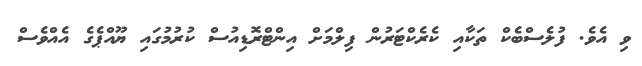
ވި އެވެ. ފުލެސްބެކް ތަކާއި ކެރެކްޓަރުން ފިލްމަށް އިންޓްރޮޑިއުސް ކުރުމުގައި ޔޫއްޕެގެ އެއްވެސް